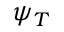
\psi _ { T }